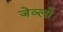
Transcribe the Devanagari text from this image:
जेव्लो